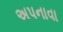
અપનાવા